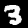
Label: 3